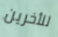
للأخرين